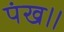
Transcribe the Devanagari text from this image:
पंख॥